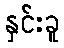
နှင်းခူ